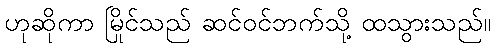
ဟုဆိုကာ မြိုင်သည် ဆင်ဝင်ဘက်သို့ ထသွားသည်။